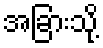
အခြားသို့